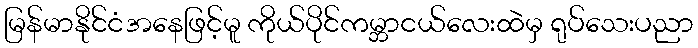
မြန်မာနိုင်ငံအနေဖြင့်မူ ကိုယ်ပိုင်ကမ္ဘာငယ်လေးထဲမှ ရုပ်သေးပညာ